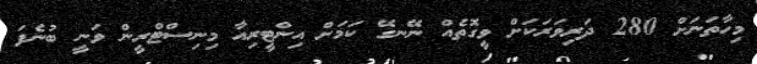
މިހާތަނަށް 280 ދަރިވަރަކަށް ވީގޮތެއް ނޭނގޭ ކަމަށް އިންޓީރިއާ މިނިސްޓްރީން ވަނީ ބުނެފަ